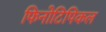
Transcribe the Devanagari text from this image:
फिनोटिपिकल